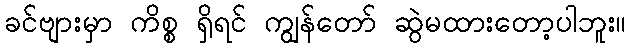
ခင်ဗျားမှာ ကိစ္စ ရှိရင် ကျွန်တော် ဆွဲမထားတော့ပါဘူး။